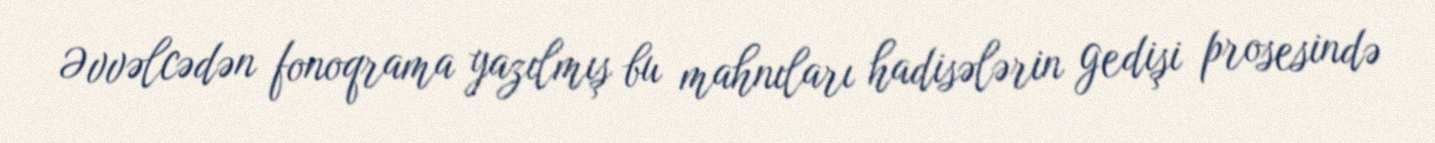
Əvvəlcədən fonoqrama yazılmış bu mahnıları hadisələrin gedişi prosesində